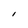
Character: I